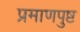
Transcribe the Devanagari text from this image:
प्रमाणपुष्ट